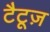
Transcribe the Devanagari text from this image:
टैटूज़